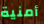
أمنية